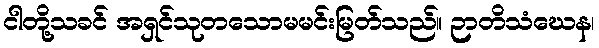
ငါတို့သခင် အရှင်သုတသောမမင်းမြတ်သည်။ ဉာတိသံဃေန၊